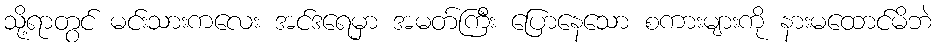
သို့ရာတွင် မင်းသားကလေး အင်ဒရေမှာ အမတ်ကြီး ပြောနေသော စကားများကို နားမထောင်မိဘဲ